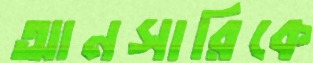
আনসারিকে